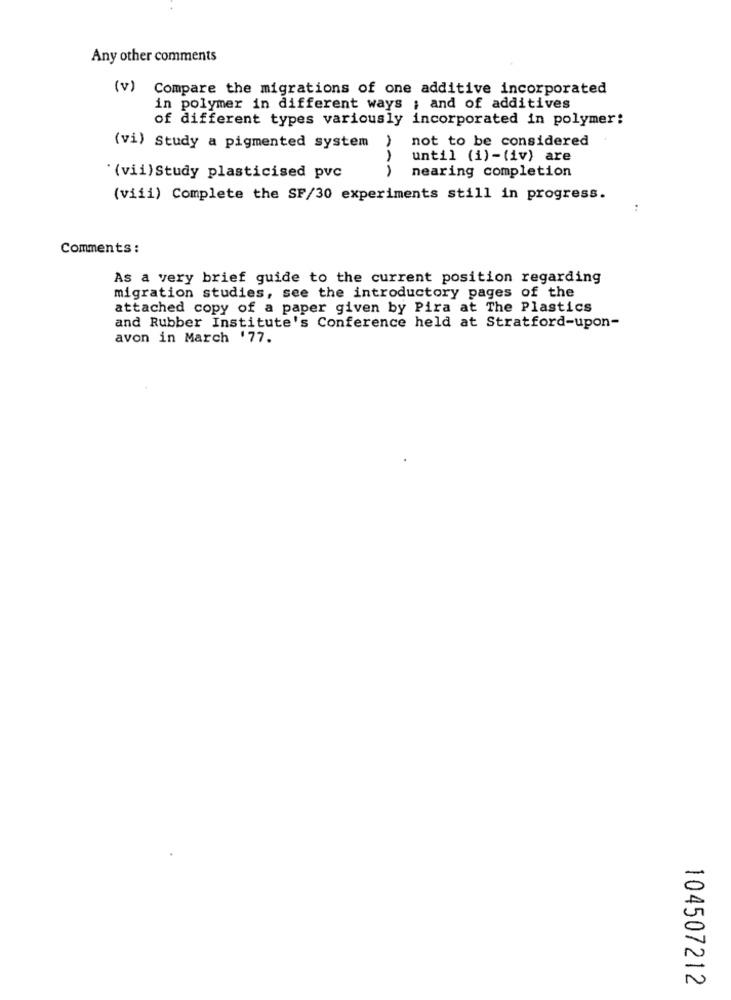
Any other comments
(v)
Compare the migrations of one additive incorporated
in polymer in different ways ; and of additives
of different types variously incorporated in polymer:
(vi) Study a pigmented system ) not to be considered
1
until (i)-(iv) are
nearing completion
' (vii) Study plasticised pvc
(viii) Complete the SF/30 experiments still in progress.
..
Comments :
As a very brief guide to the current position regarding
migration studies, see the introductory pages of the
attached copy of a paper given by Pira at The Plastics
and Rubber Institute's Conference held at Stratford-upon-
avon in March '77.
104507212